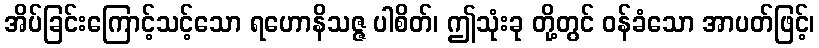
အိပ်ခြင်းကြောင့်သင့်သော ရဟောနိသဇ္ဇ ပါစိတ်၊ ဤသုံးခု တို့တွင် ဝန်ခံသော အာပတ်ဖြင့်၊